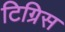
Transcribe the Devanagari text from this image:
टिग्रिस